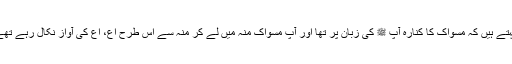
ابو موسی اشعری رضی اللہ عنہ کہتے ہیں کہ مسواک کا کنارہ آپ ﷺ کی زبان پر تھا اور آپ مسواک منہ میں لے کر منہ سے اس طرح اع، اع کی آواز نکال رہے تھے، جیسےآپ ﷺ قے کر رہے ہوں۔